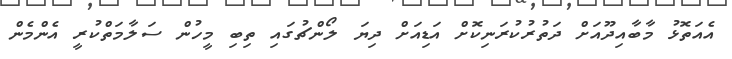
އެއަތޮޅު މާބާއިދޫއަށް ދަތުރުކުރަނިކޮށް އަޑިއަށް ދިޔަ ލޯންޗުގައި ތިބި މީހުން ސަލާމަތްކުރީ އެންމެން